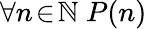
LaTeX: \forall n\! \in\! \mathbb{N}\; P(n)